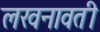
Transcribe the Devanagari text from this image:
लखनावती